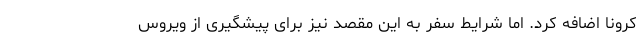
کرونا اضافه کرد. اما شرایط سفر به این مقصد نیز برای پیشگیری از ویروس